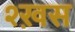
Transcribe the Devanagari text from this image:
श्ख़स